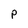
Character: P